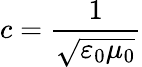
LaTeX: c={\frac{1}{\sqrt{\varepsilon_{0}\mu_{0}}}}